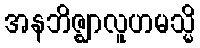
အနဘိဇ္ဈာလူဟမသ္မိ